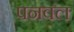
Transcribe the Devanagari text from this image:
पनवल